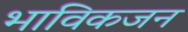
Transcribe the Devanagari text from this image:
भाविकजन